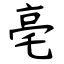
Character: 亳